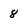
Character: 8